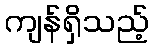
ကျန်ရှိသည့်